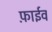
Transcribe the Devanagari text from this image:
फ़ाईव